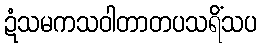
ဍံသမကသဝါတာတပသရိံသပ